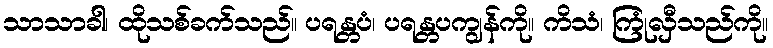
သာသာခါ၊ ထိုသစ်ခက်သည်။ ပရန္တပံ၊ ပရန္တပကျွန်ကို။ ကိသံ၊ ကြုံလှီသည်ကို။